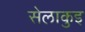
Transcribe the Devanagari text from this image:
सेलाकुइ